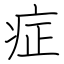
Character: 症